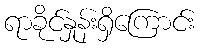
ရာခိုင်နှုန်းရှိကြောင်း